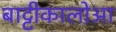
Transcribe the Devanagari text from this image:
बाट्टीकालोआ